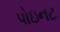
પોઇનટ